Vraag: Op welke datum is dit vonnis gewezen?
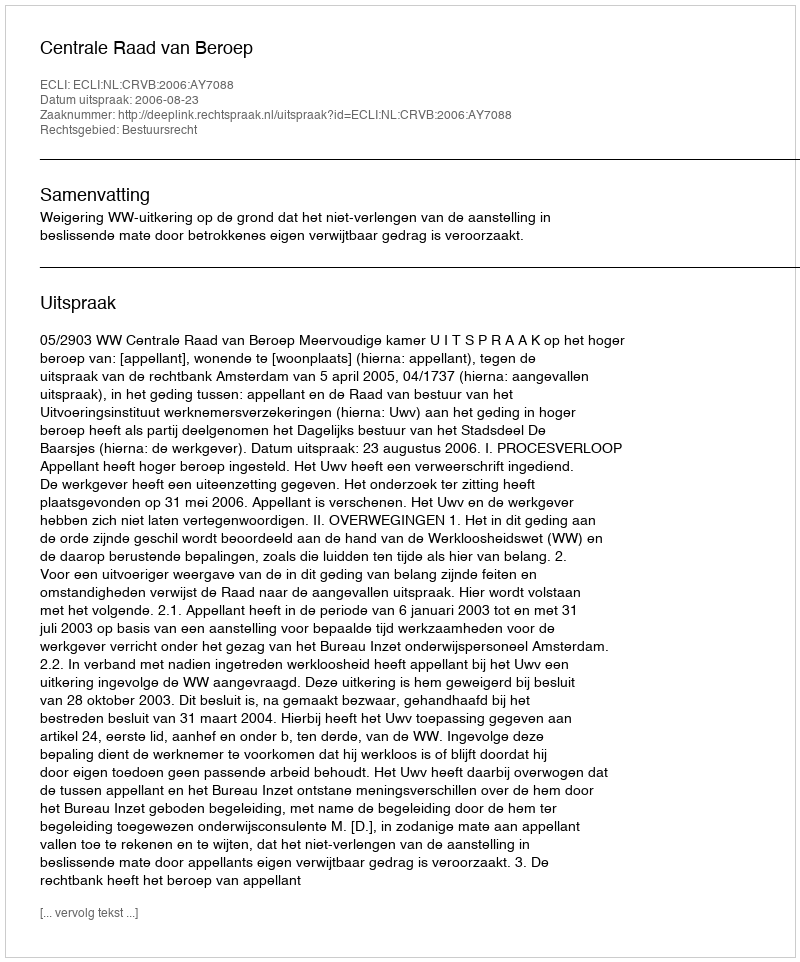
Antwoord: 2006-08-23